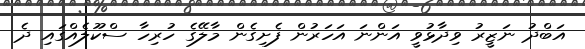
އަބްދު ނަޒީރު ވިދާޅުވީ އަންނަ އަހަރުން ފެށިގެން މާލޭގެ ހުރިހާ ސްކޫލެއްގައި ދެ